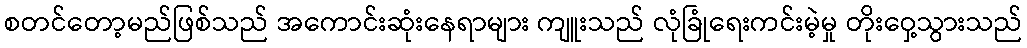
စတင်တော့မည်ဖြစ်သည် အကောင်းဆုံးနေရာများ ကျူးသည် လုံခြုံရေးကင်းမဲ့မှု တိုးဝှေ့သွားသည်